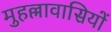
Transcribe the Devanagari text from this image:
मुहल्लावासियों